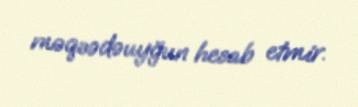
məqsədəuyğun hesab etmir.